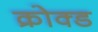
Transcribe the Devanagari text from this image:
क्रोक्ड